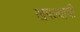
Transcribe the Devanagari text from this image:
खपल्याची